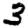
Digit: 3